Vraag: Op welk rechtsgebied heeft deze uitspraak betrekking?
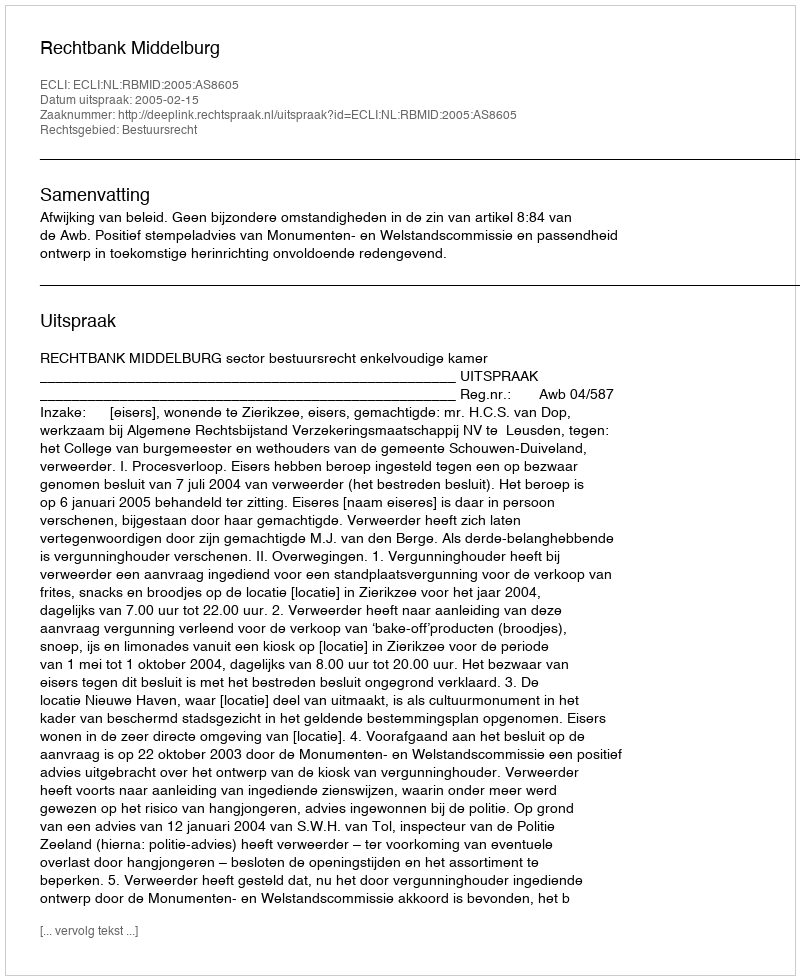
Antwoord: Bestuursrecht